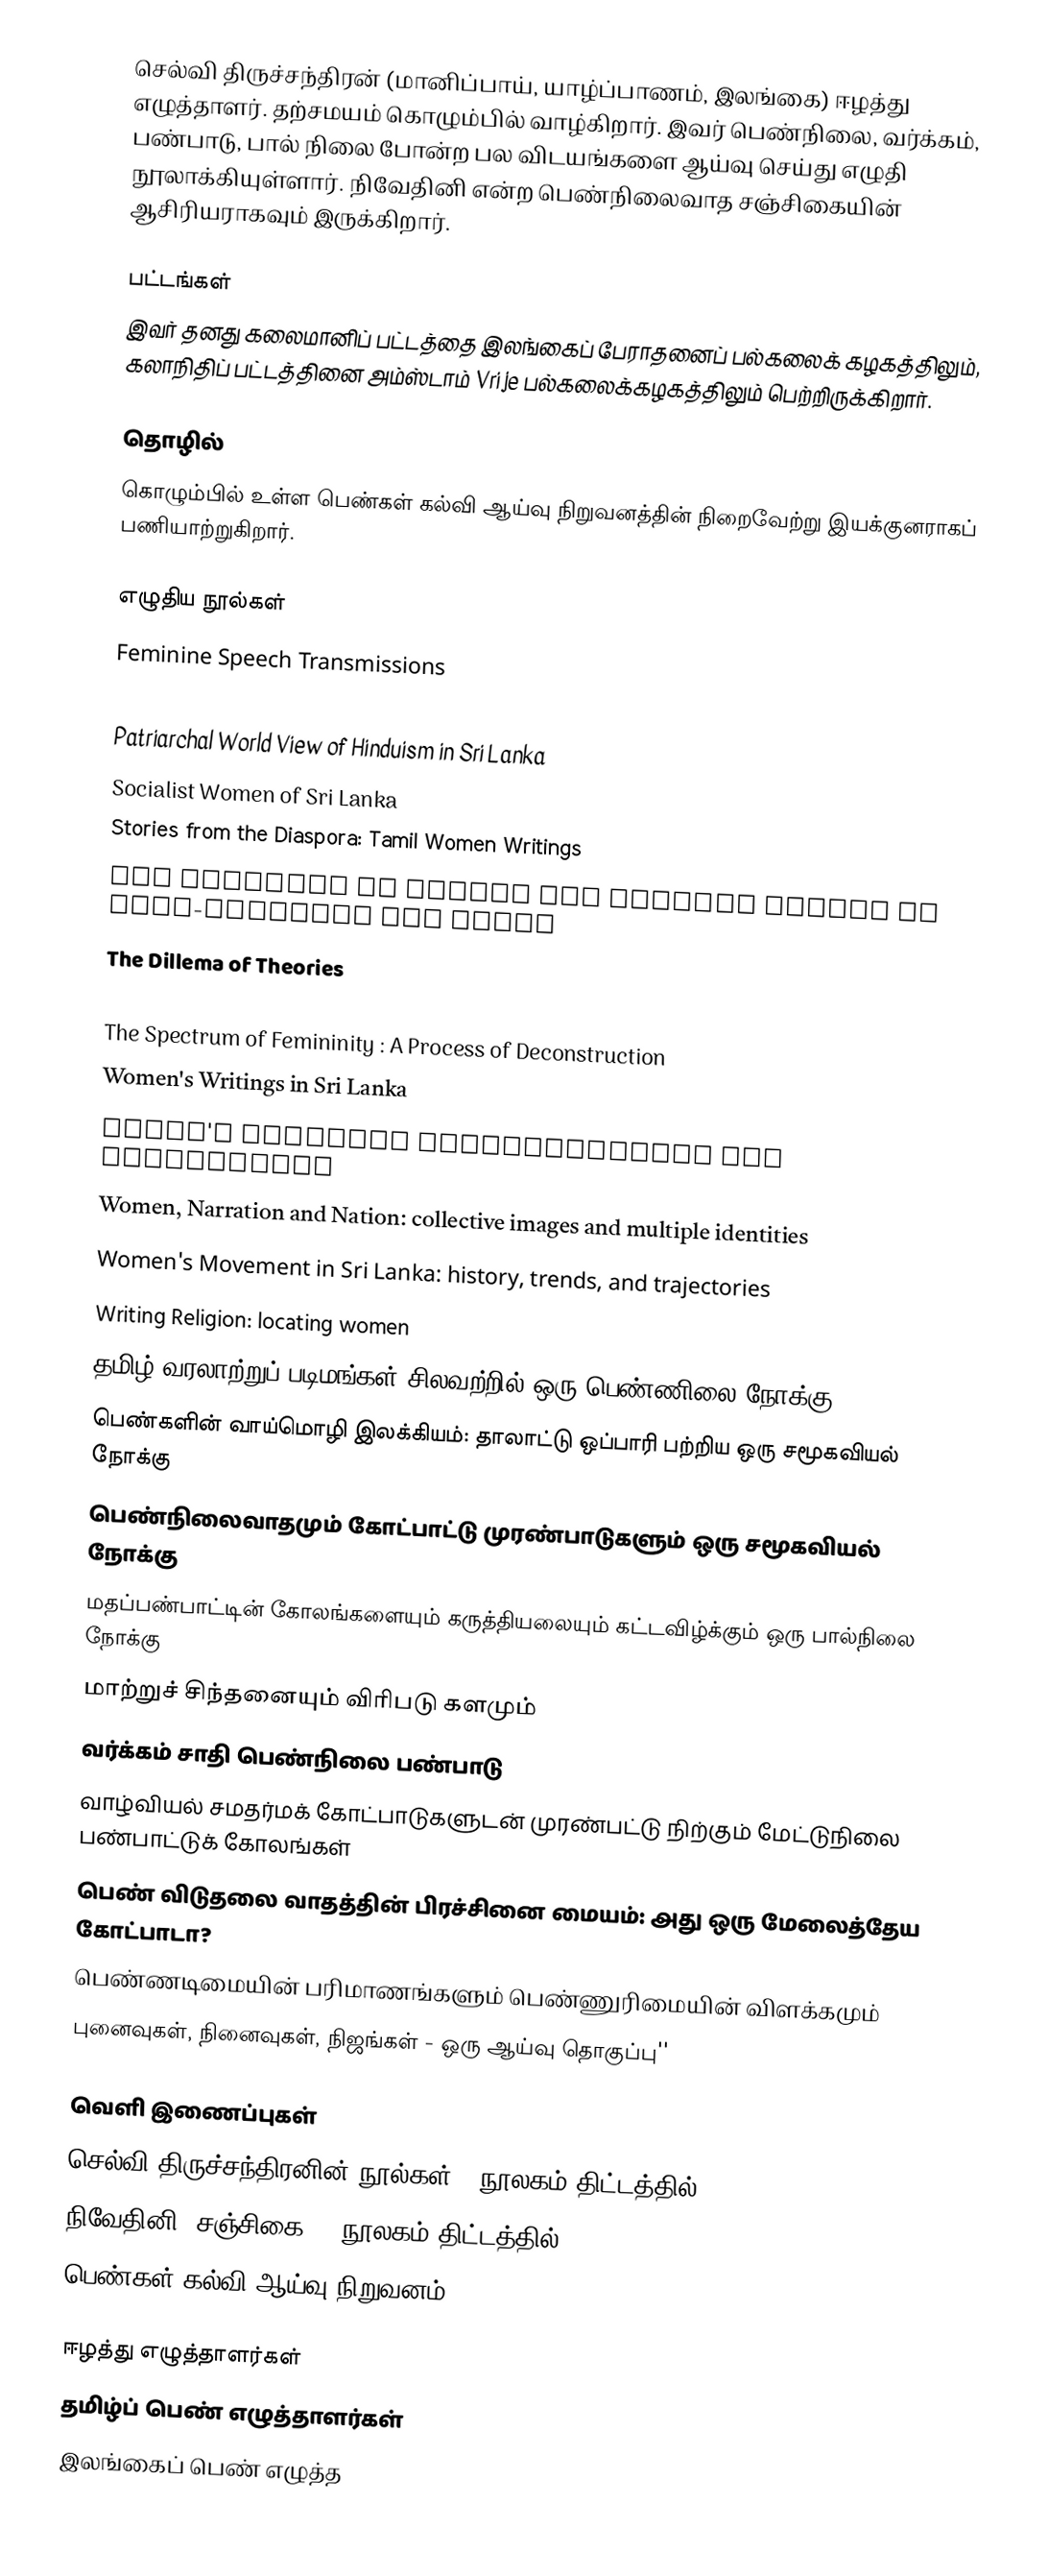
செல்வி திருச்சந்திரன் (மானிப்பாய், யாழ்ப்பாணம், இலங்கை) ஈழத்து எழுத்தாளர். தற்சமயம் கொழும்பில் வாழ்கிறார். இவர் பெண்நிலை, வர்க்கம், பண்பாடு, பால் நிலை போன்ற பல விடயங்களை ஆய்வு செய்து எழுதி நூலாக்கியுள்ளார். நிவேதினி என்ற பெண்நிலைவாத சஞ்சிகையின் ஆசிரியராகவும் இருக்கிறார்.

பட்டங்கள்
இவர் தனது கலைமானிப் பட்டத்தை இலங்கைப் பேராதனைப் பல்கலைக் கழகத்திலும், கலாநிதிப் பட்டத்தினை அம்ஸ்டாம் Vrije பல்கலைக்கழகத்திலும் பெற்றிருக்கிறார்.

தொழில்
கொழும்பில் உள்ள பெண்கள் கல்வி ஆய்வு நிறுவனத்தின் நிறைவேற்று இயக்குனராகப் பணியாற்றுகிறார்.

எழுதிய நூல்கள்
 Feminine Speech Transmissions
 Ideology, Caste, Class and Gender
 Patriarchal World View of Hinduism in Sri Lanka
 Socialist Women of Sri Lanka
 Stories from the Diaspora: Tamil Women Writings
 The Politics of Gender and Women´s Agency in Post-colonial Sri Lanka
 The Dillema of Theories
 The Other Victims of War
 The Spectrum of Femininity : A Process of Deconstruction
 Women's Writings in Sri Lanka
 Women's Writings Subjectivities and Historicism
 Women, Narration and Nation: collective images and multiple identities
 Women's Movement in Sri Lanka: history, trends, and trajectories
 Writing Religion: locating women
 தமிழ் வரலாற்றுப் படிமங்கள் சிலவற்றில் ஒரு பெண்ணிலை நோக்கு
 பெண்களின் வாய்மொழி இலக்கியம்: தாலாட்டு ஒப்பாரி பற்றிய ஒரு சமூகவியல் நோக்கு
 பெண்நிலைவாதமும் கோட்பாட்டு முரண்பாடுகளும் ஒரு சமூகவியல் நோக்கு
 மதப்பண்பாட்டின் கோலங்களையும் கருத்தியலையும் கட்டவிழ்க்கும் ஒரு பால்நிலை நோக்கு
 மாற்றுச் சிந்தனையும் விரிபடு களமும்
 வர்க்கம் சாதி பெண்நிலை பண்பாடு
 வாழ்வியல் சமதர்மக் கோட்பாடுகளுடன் முரண்பட்டு நிற்கும் மேட்டுநிலை பண்பாட்டுக் கோலங்கள்
 பெண் விடுதலை வாதத்தின் பிரச்சினை மையம்: அது ஒரு மேலைத்தேய கோட்பாடா?
 பெண்ணடிமையின் பரிமாணங்களும் பெண்ணுரிமையின் விளக்கமும்
 புனைவுகள், நினைவுகள், நிஜங்கள் - ஒரு ஆய்வு தொகுப்பு''

வெளி இணைப்புகள்
 செல்வி திருச்சந்திரனின் நூல்கள் - நூலகம் திட்டத்தில்
 நிவேதினி (சஞ்சிகை) - நூலகம் திட்டத்தில்
 பெண்கள் கல்வி ஆய்வு நிறுவனம்

ஈழத்து எழுத்தாளர்கள்
தமிழ்ப் பெண் எழுத்தாளர்கள்
இலங்கைப் பெண் எழுத்த